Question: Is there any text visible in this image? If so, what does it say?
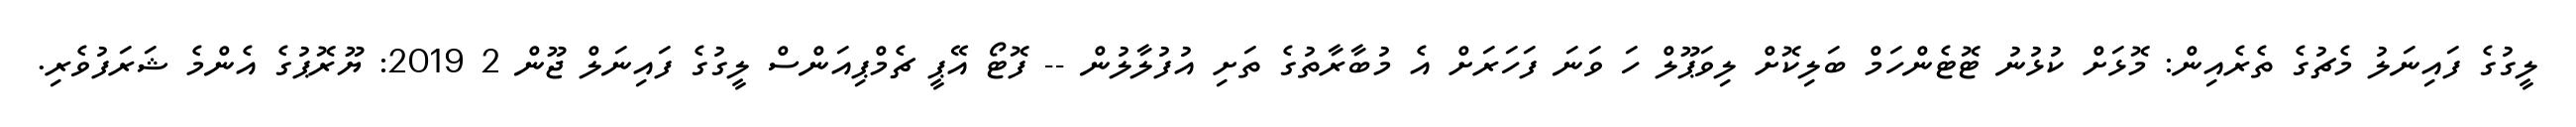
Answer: ލީގުގެ ފައިނަލު މެޗުގެ ތެރެއިން: މޮޅަށް ކުޅުނު ޓޮޓެންހަމް ބަލިކޮށް ލިވަޕޫލް ހަ ވަނަ ފަހަރަށް އެ މުބާރާތުގެ ތަށި އުފުލާލުން -- ފޮޓޯ އޭޕީ ޗެމްޕިއަންސް ލީގުގެ ފައިނަލް ޖޫން 2 2019: ޔޫރޮޕުގެ އެންމެ ޝަރަފުވެރި.